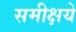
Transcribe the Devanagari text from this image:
समीक्षये